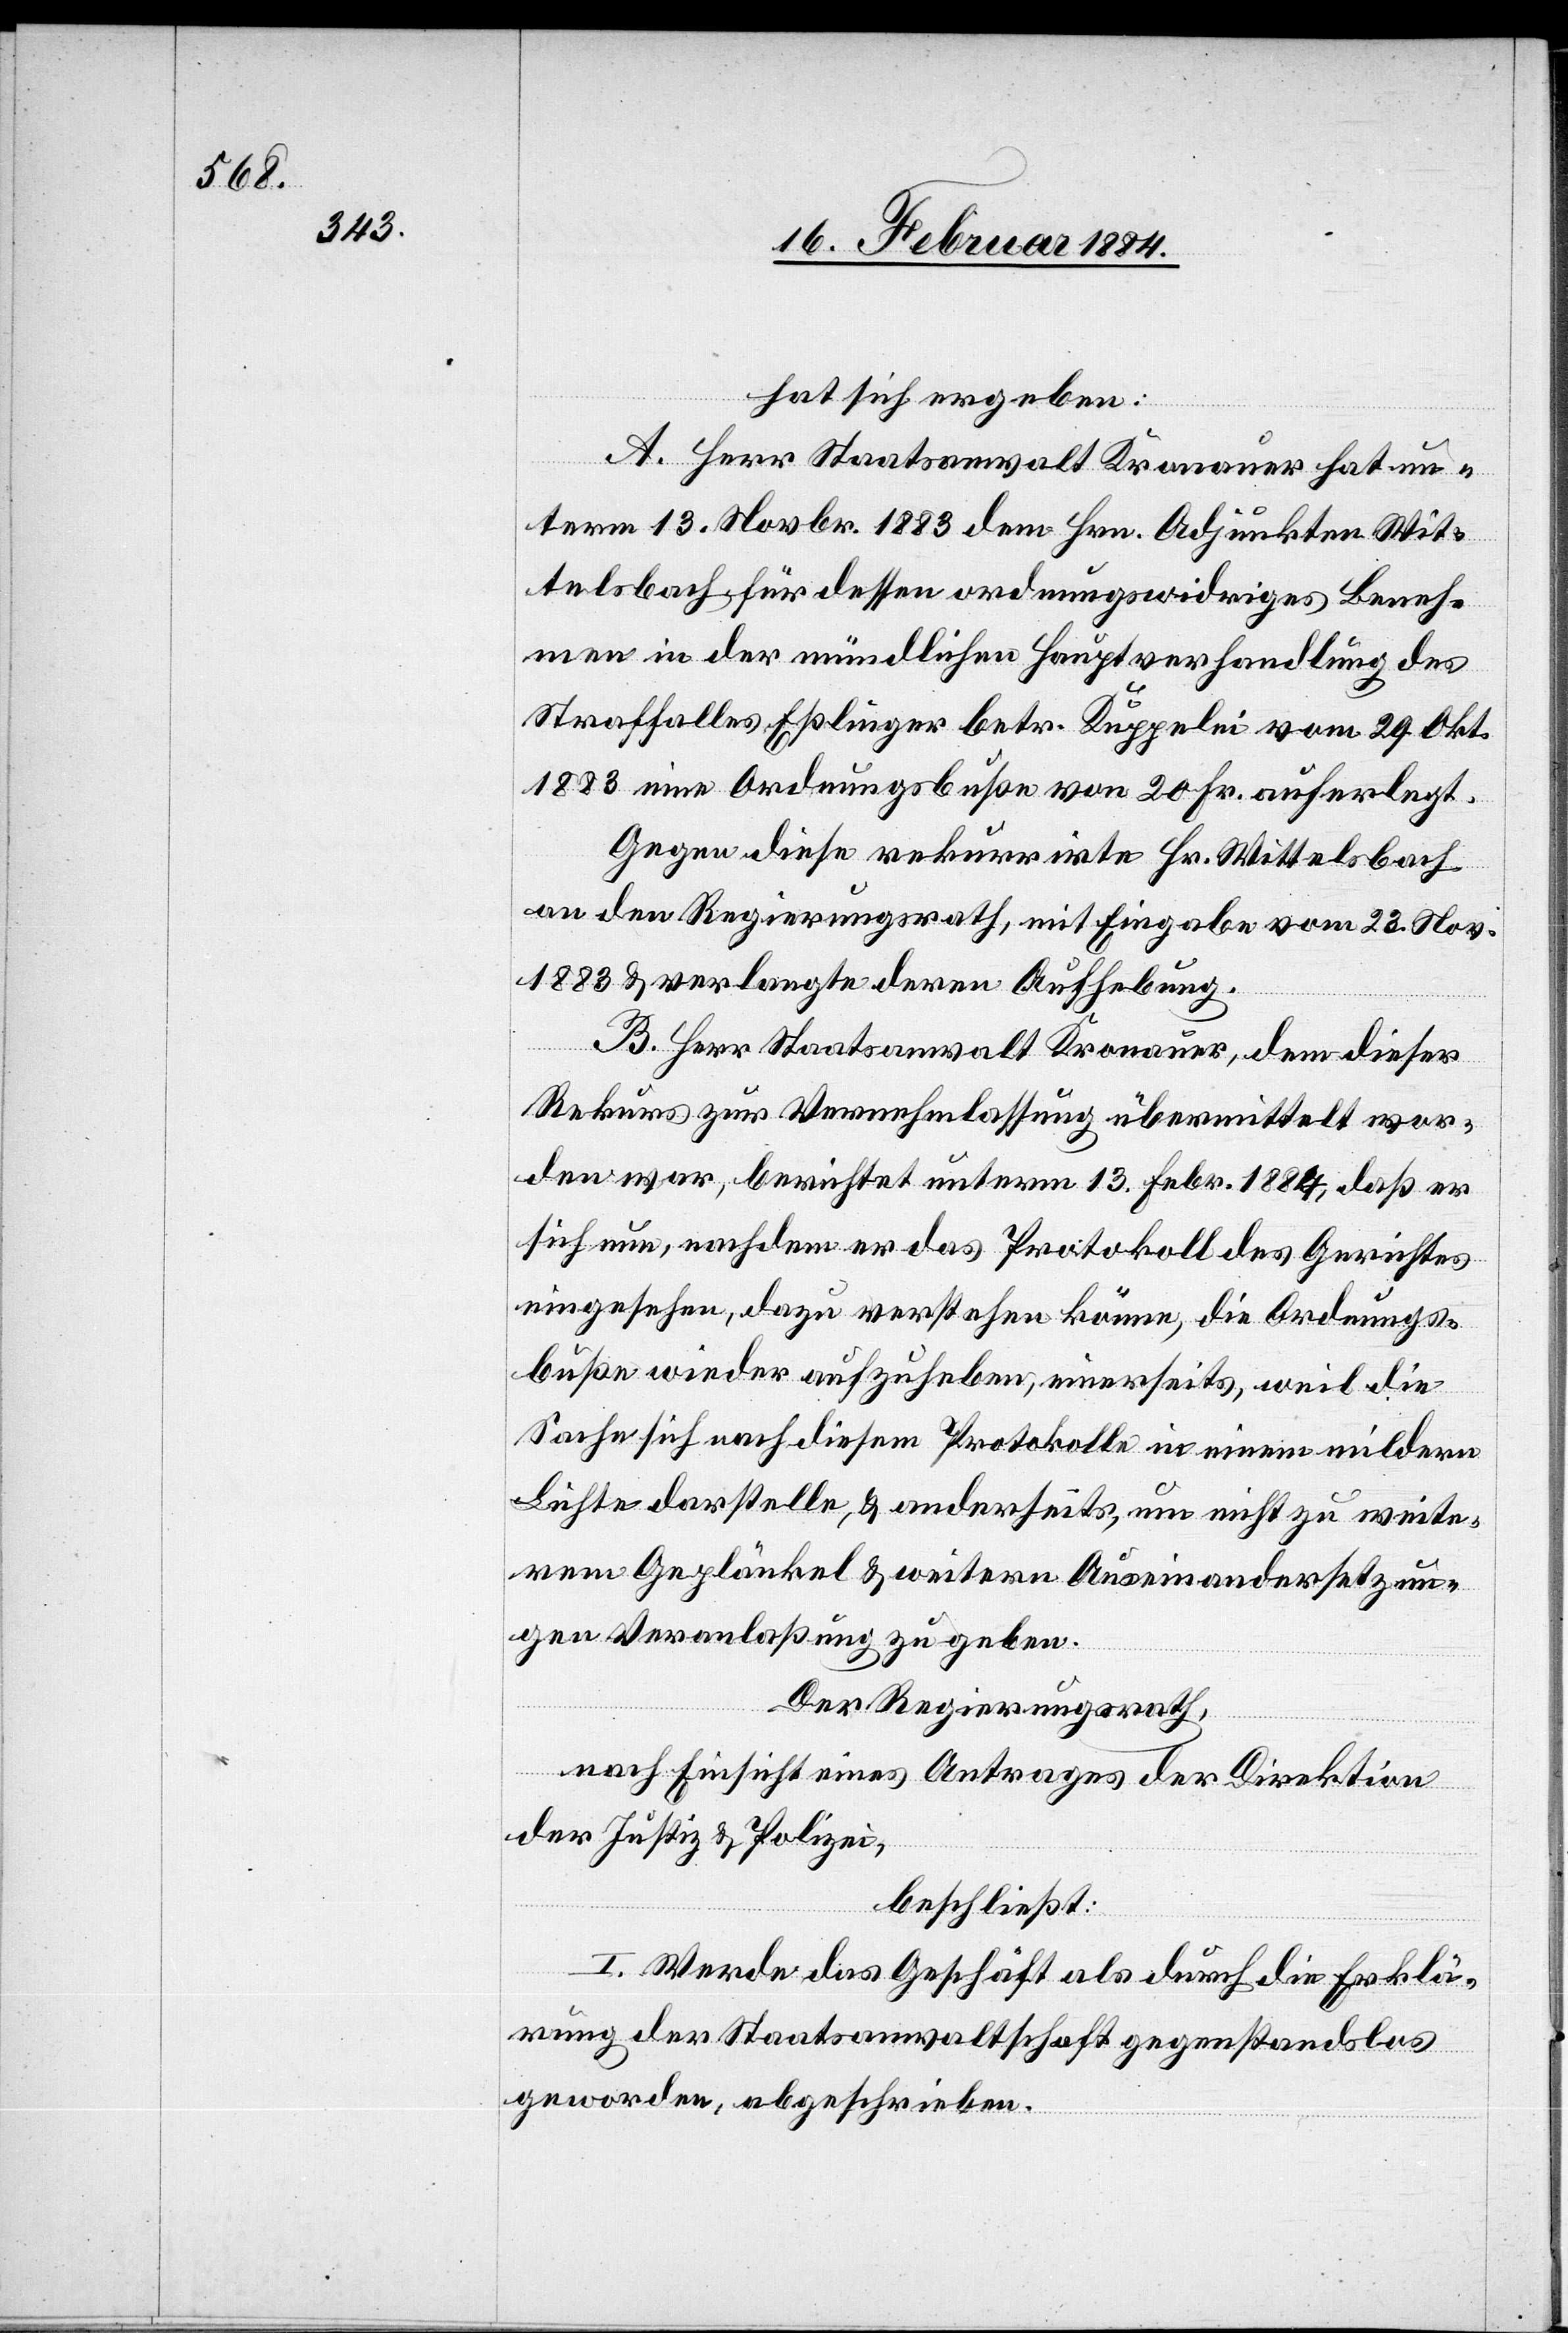
hat sich ergeben:
A. Herr Staatsanwalt Kronauer hat un¬
term 13. Novbr. 1883 dem Hrn. Adjunkten Wit¬
telsbach für dessen ordnungswidriges Beneh¬
men in der mündlichen Hauptverhandlung des
Straffalles Eßlinger betr. Kuppelei vom 29. Okt.
1883 eine Ordnungsbuße von 20 Fr. auferlegt.
Gegen diese rekurrirte Hr. Wittelsbach
an den Regierungsrath, mit Eingabe vom 23. Nov.
1883 & verlangte deren Aufhebung.
B. Herr Staatsanwalt Kronauer, dem dieser
Rekurs zur Vernehmlassung übermittelt wor¬
den war, berichtet unterm 13. Febr. 1884, daß er
sich nun, nachdem er das Protokoll des Gerichtes
eingesehen, dazu verstehen könne, die Ordnungs¬
buße wieder aufzuheben, einerseits, weil die
Sache sich nach diesem Protokolle in einem mildern
Lichte darstelle, & anderseits, um nicht zu weite¬
rem Geplänkel & weitern Auseinandersetzun¬
gen Veranlaßung zu geben.
Der Regierungsrath,
nach Einsicht eines Antrages der Direktion
der Justiz & Polizei,
beschließt:
I. Werde das Geschäft als durch die Erklä¬
rung der Staatsanwaltschaft gegenstandslos
geworden, abgeschrieben.